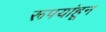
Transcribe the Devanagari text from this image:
रूपयांहून